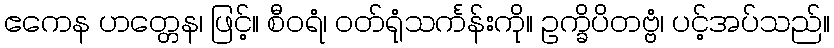
ဧကေန ဟတ္တေန၊ ဖြင့်။ စီဝရံ၊ ဝတ်ရုံသင်္ကန်းကို။ ဥက္ခိပိတဗ္ဗံ၊ ပင့်အပ်သည်။